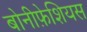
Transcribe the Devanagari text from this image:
बोनीफ़ेशियस